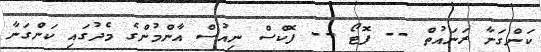
ކަންގަނާ ރަނައުތް -- ފޮޓޯ -- ފޮކްސް ނިއުސް އާންމުންގެ މެދުގައި ކަންގަނާ